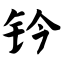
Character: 钤